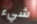
شيء